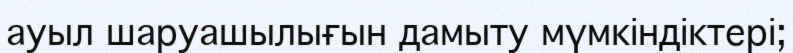
ауыл шаруашылығын дамыту мүмкіндіктері;